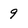
Character: 9